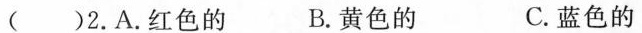
( )2.A.红色的 B.黄色的 C.蓝色的